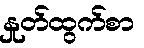
နှုတ်ထွက်စာ